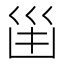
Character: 𠚋